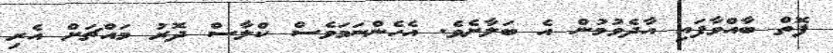
ފޮތް ބާއްވާފައި އާދެވުމުން އެ ބަލާށެވެ. އެހެންނަމަވެސް ކްލާސް ދޮރު މައްޗަށް އެރި